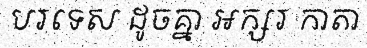
បរទេស ដូចគ្នា អក្សរ កាតា